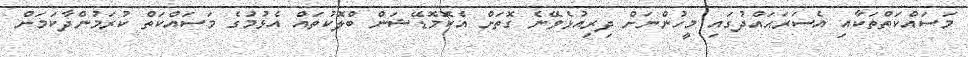
މަސައްކަތްތަކާއި އެސަރަޙައްދުގައި މީހުންނަށް ދިރިއުޅެވޭނެ ގޮތަށް އެކޮމޮޑޭޝަން ބްލޮކުތައް އެޅުމުގެ މަސައްކަތް ކުރަމުންދާކަމަށް